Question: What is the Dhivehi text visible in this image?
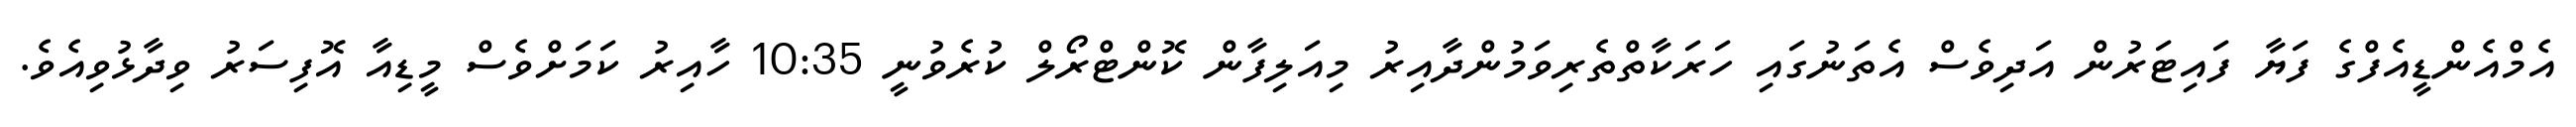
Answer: އެމްއެންޑީއެފްގެ ފަޔާ ފައިޓަރުން އަދިވެސް އެތަނުގައި ހަރަކާތްތެރިވަމުންދާއިރު މިއަލިފާން ކޮންޓްރޯލް ކުރެވުނީ 10:35 ހާއިރު ކަމަށްވެސް މީޑިއާ އޮފިސަރު ވިދާޅުވިއެވެ.